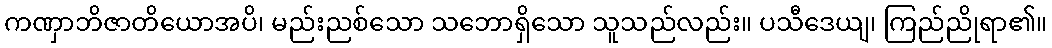
ကဏှာဘိဇာတိယောအပိ၊ မည်းညစ်သော သဘောရှိသော သူသည်လည်း။ ပသီဒေယျ၊ ကြည်ညိုရာ၏။